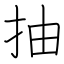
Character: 抽